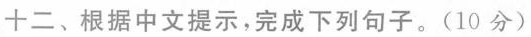
十二、根据中文提示，完成下列句子。(10分)